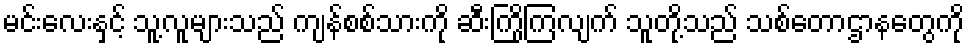
မင်းလေးနှင့် သူ့လူများသည် ကျန်စစ်သားကို ဆီးကြိုကြလျက် သူတို့သည် သစ်တောဌာနတွေကို